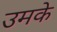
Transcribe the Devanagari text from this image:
उमके